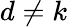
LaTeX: d\ne k